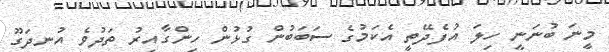
މީނަ ބުނަނީ ހިލަ އުފެދޭތީ އެކަމުގެ ސަބަބުން ގުޅުން ހިންގާއިރު ތަދުވެ އުނދަގޫ